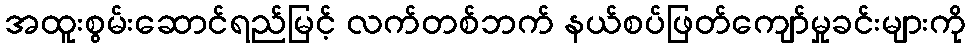
အထူးစွမ်းဆောင်ရည်မြင့် လက်တစ်ဘက် နယ်စပ်ဖြတ်ကျော်မှုခင်းများကို